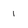
Character: 1